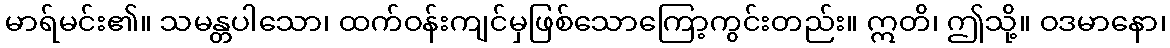
မာရ်မင်း၏။ သမန္တပါသော၊ ထက်ဝန်းကျင်မှဖြစ်သောကြော့ကွင်းတည်း။ ဣတိ၊ ဤသို့။ ဝဒမာနော၊